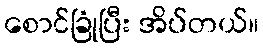
စောင်ခြုံပြီး အိပ်တယ်။